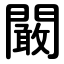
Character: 闞